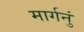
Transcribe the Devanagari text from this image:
मार्गनुं